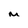
Character: M